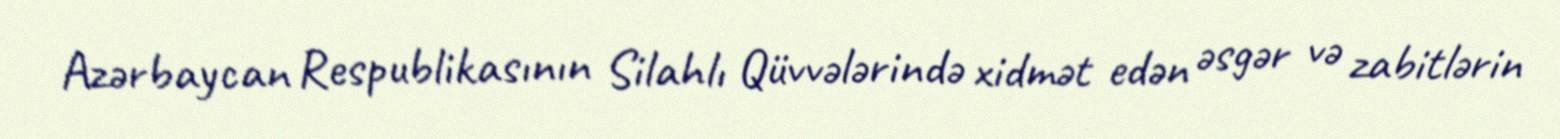
Azərbaycan Respublikasının Silahlı Qüvvələrində xidmət edən əsgər və zabitlərin